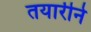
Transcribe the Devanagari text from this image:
तयारीने